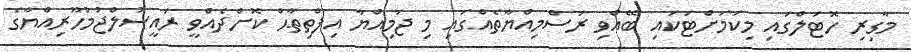
މާގިރި ހޮޓަލްގައި މިކަމަށްޓަކައި ބޭއްވި ރަސްމިއްޔާތެއްގައި މި ޖަމިއްޔާ އިފްތިތާޙް ކޮށްދެއްވީ ރައީސުލްޖުމުހޫރިއްޔާގެ